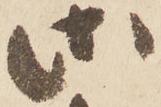
御